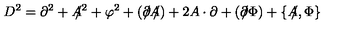
D ^ { 2 } = \partial ^ { 2 } + A \! \! \! / ^ { 2 } + \varphi ^ { 2 } + ( \partial \! \! \! / A \! \! \! / ) + 2 A \cdot \partial + ( \partial \! \! \! / \Phi ) + \{ A \! \! \! / , \Phi \}